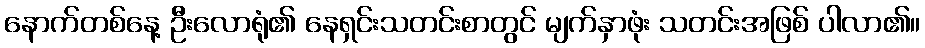
နောက်တစ်နေ့ ဦးလောရုံ၏ နေရှင်းသတင်းစာတွင် မျက်နှာဖုံး သတင်းအဖြစ် ပါလာ၏။